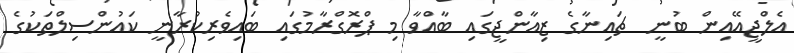
އެލްޖީއޭއިން ބުނީ  ޗައިނާގެ ޒިއާންޖީގައި ބާއްވާ މި ޕްރޮގްރާމުގައި ބައިވެރިކުރާނީ ކައުންސިލްތަކުގެ